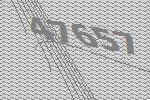
47657